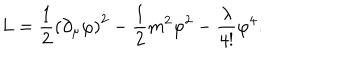
LaTeX: L = \frac { 1 } { 2 } \left( \partial _ { \mu } \varphi \right) ^ { 2 } - \frac { 1 } { 2 } m ^ { 2 } \varphi ^ { 2 } - \frac { \lambda } { 4 ! } \varphi ^ { 4 } .